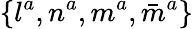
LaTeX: \{ l^{a},n^{a},m^{a},{\bar{m}}^{a}\}